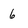
Character: 6